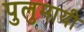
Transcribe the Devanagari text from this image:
पुलुमायी